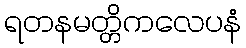
ရတနမတ္တိကလေပနံ